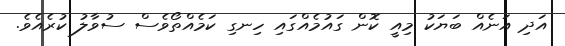
އަދި އަނެއް ބަޔަކު މިއީ ކޮން ގައުމެއްގައި ހިނގި ކަމެއްތޯވެސް ސުވާލު ކުރެއެވެ.